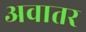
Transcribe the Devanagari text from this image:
अवातर